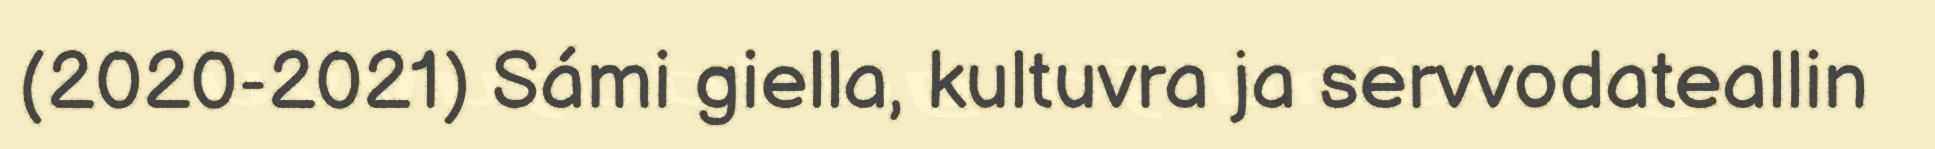
(2020-2021) Sámi giella, kultuvra ja servvodateallin